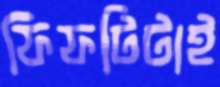
ফিফটিটাই